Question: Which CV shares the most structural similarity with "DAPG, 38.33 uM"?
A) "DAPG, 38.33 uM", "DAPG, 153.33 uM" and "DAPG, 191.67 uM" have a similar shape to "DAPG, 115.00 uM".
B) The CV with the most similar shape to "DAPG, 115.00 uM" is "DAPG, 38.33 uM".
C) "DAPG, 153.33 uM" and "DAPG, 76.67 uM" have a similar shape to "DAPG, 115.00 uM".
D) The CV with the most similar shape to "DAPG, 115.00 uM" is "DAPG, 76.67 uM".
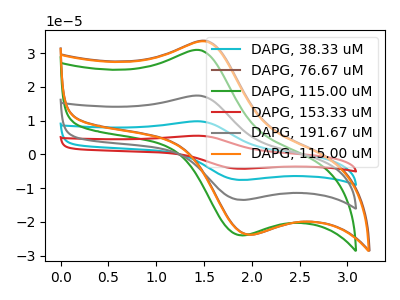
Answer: <think>The cyan curve "DAPG, 38.33 uM" has an anodic peak at (1.45V, 34.70uA) and a cathodic peak at (1.90V, -27.00uA). The brown curve "DAPG, 76.67 uM" has an anodic peak at (1.55V, 33.55uA) and a cathodic peak at (2.00V, -23.80uA). The green curve "DAPG, 115.00 uM" has an anodic peak at (1.45V, 30.80uA) and a cathodic peak at (1.90V, -24.00uA). The red curve "DAPG, 153.33 uM" has an anodic peak at (1.45V, 52.00uA) and a cathodic peak at (1.90V, -40.50uA). The gray curve "DAPG, 191.67 uM" has an anodic peak at (1.45V, 17.35uA) and a cathodic peak at (1.90V, -13.50uA). The orange curve "DAPG, 115.00 uM" has an anodic peak at (1.55V, 33.35uA) and a cathodic peak at (2.00V, -23.80uA).
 "DAPG, 38.33 uM" and "DAPG, 76.67 uM" have at least one peak that do not match. All the peaks in "DAPG, 38.33 uM" have a peak in "DAPG, 115.00 uM" at the same potential. Every peak in "DAPG, 38.33 uM" is higher than every peak in "DAPG, 115.00 uM". All the peaks in "DAPG, 38.33 uM" have a peak in "DAPG, 153.33 uM" at the same potential. Every peak in "DAPG, 38.33 uM" is lower than every peak in "DAPG, 153.33 uM". All the peaks in "DAPG, 38.33 uM" have a peak in "DAPG, 191.67 uM" at the same potential. Every peak in "DAPG, 38.33 uM" is higher than every peak in "DAPG, 191.67 uM". "DAPG, 38.33 uM" and "DAPG, 115.00 uM" have at least one peak that do not match. "DAPG, 76.67 uM" and "DAPG, 115.00 uM" have at least one peak that do not match. "DAPG, 76.67 uM" and "DAPG, 153.33 uM" have at least one peak that do not match. "DAPG, 76.67 uM" and "DAPG, 191.67 uM" have at least one peak that do not match. All the peaks in "DAPG, 76.67 uM" have a peak in "DAPG, 115.00 uM" at the same potential. All the peaks in "DAPG, 115.00 uM" have a peak in "DAPG, 153.33 uM" at the same potential. Every peak in "DAPG, 115.00 uM" is lower than every peak in "DAPG, 153.33 uM". All the peaks in "DAPG, 115.00 uM" have a peak in "DAPG, 191.67 uM" at the same potential. Every peak in "DAPG, 115.00 uM" is higher than every peak in "DAPG, 191.67 uM". "DAPG, 115.00 uM" and "DAPG, 115.00 uM" have at least one peak that do not match. All the peaks in "DAPG, 153.33 uM" have a peak in "DAPG, 191.67 uM" at the same potential. Every peak in "DAPG, 153.33 uM" is higher than every peak in "DAPG, 191.67 uM". "DAPG, 153.33 uM" and "DAPG, 115.00 uM" have at least one peak that do not match. "DAPG, 191.67 uM" and "DAPG, 115.00 uM" have at least one peak that do not match.</think>
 <answer>A) "DAPG, 38.33 uM", "DAPG, 153.33 uM" and "DAPG, 191.67 uM" have a similar shape to "DAPG, 115.00 uM".</answer>
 <eval>A</eval>